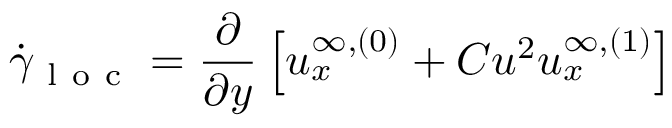
\dot { \gamma } _ { \mathrm { ~ l ~ o ~ c ~ } } = \frac { \partial } { \partial y } \left[ u _ { x } ^ { \infty , ( 0 ) } + C u ^ { 2 } u _ { x } ^ { \infty , ( 1 ) } \right]